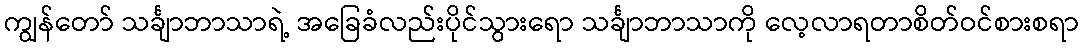
ကျွန်တော် သင်္ချာဘာသာရဲ့ အခြေခံလည်းပိုင်သွားရော သင်္ချာဘာသာကို လေ့လာရတာစိတ်ဝင်စားစရာ